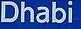
dhabi